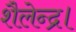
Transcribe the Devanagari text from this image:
शैलेन्द्र।